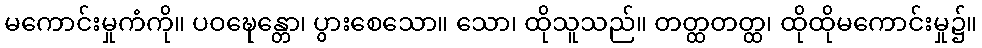
မကောင်းမှုကံကို။ ပဝဍ္ဎေန္တော၊ ပွားစေသော။ သော၊ ထိုသူသည်။ တတ္ထတတ္ထ၊ ထိုထိုမကောင်းမှု၌။